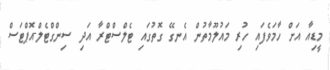
މީޑިއާ އަށް ހާމަވެފައި ހުރި މައުލޫމާތުން އެނގޭ ގޮތުގައި ޓެލްސްޓްރާ އަދި ސިންގްޓެލް-އޮޕްޓަސް